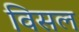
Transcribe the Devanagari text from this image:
विसल